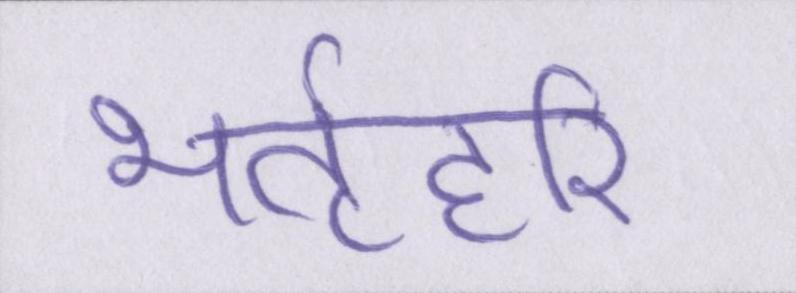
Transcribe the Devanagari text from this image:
भर्तृहरि